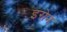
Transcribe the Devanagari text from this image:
इरोन